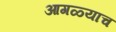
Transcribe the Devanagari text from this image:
आगळ्याच